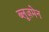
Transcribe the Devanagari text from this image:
ब्लूज़मेन